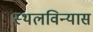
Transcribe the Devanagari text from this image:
स्थलविन्यास